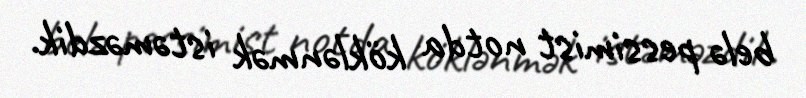
belə pessimist notda köklənmək istəməzdik.